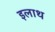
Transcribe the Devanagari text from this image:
इलाथ